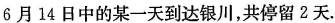
6月14日中的某一天到达银川，共停留2天.